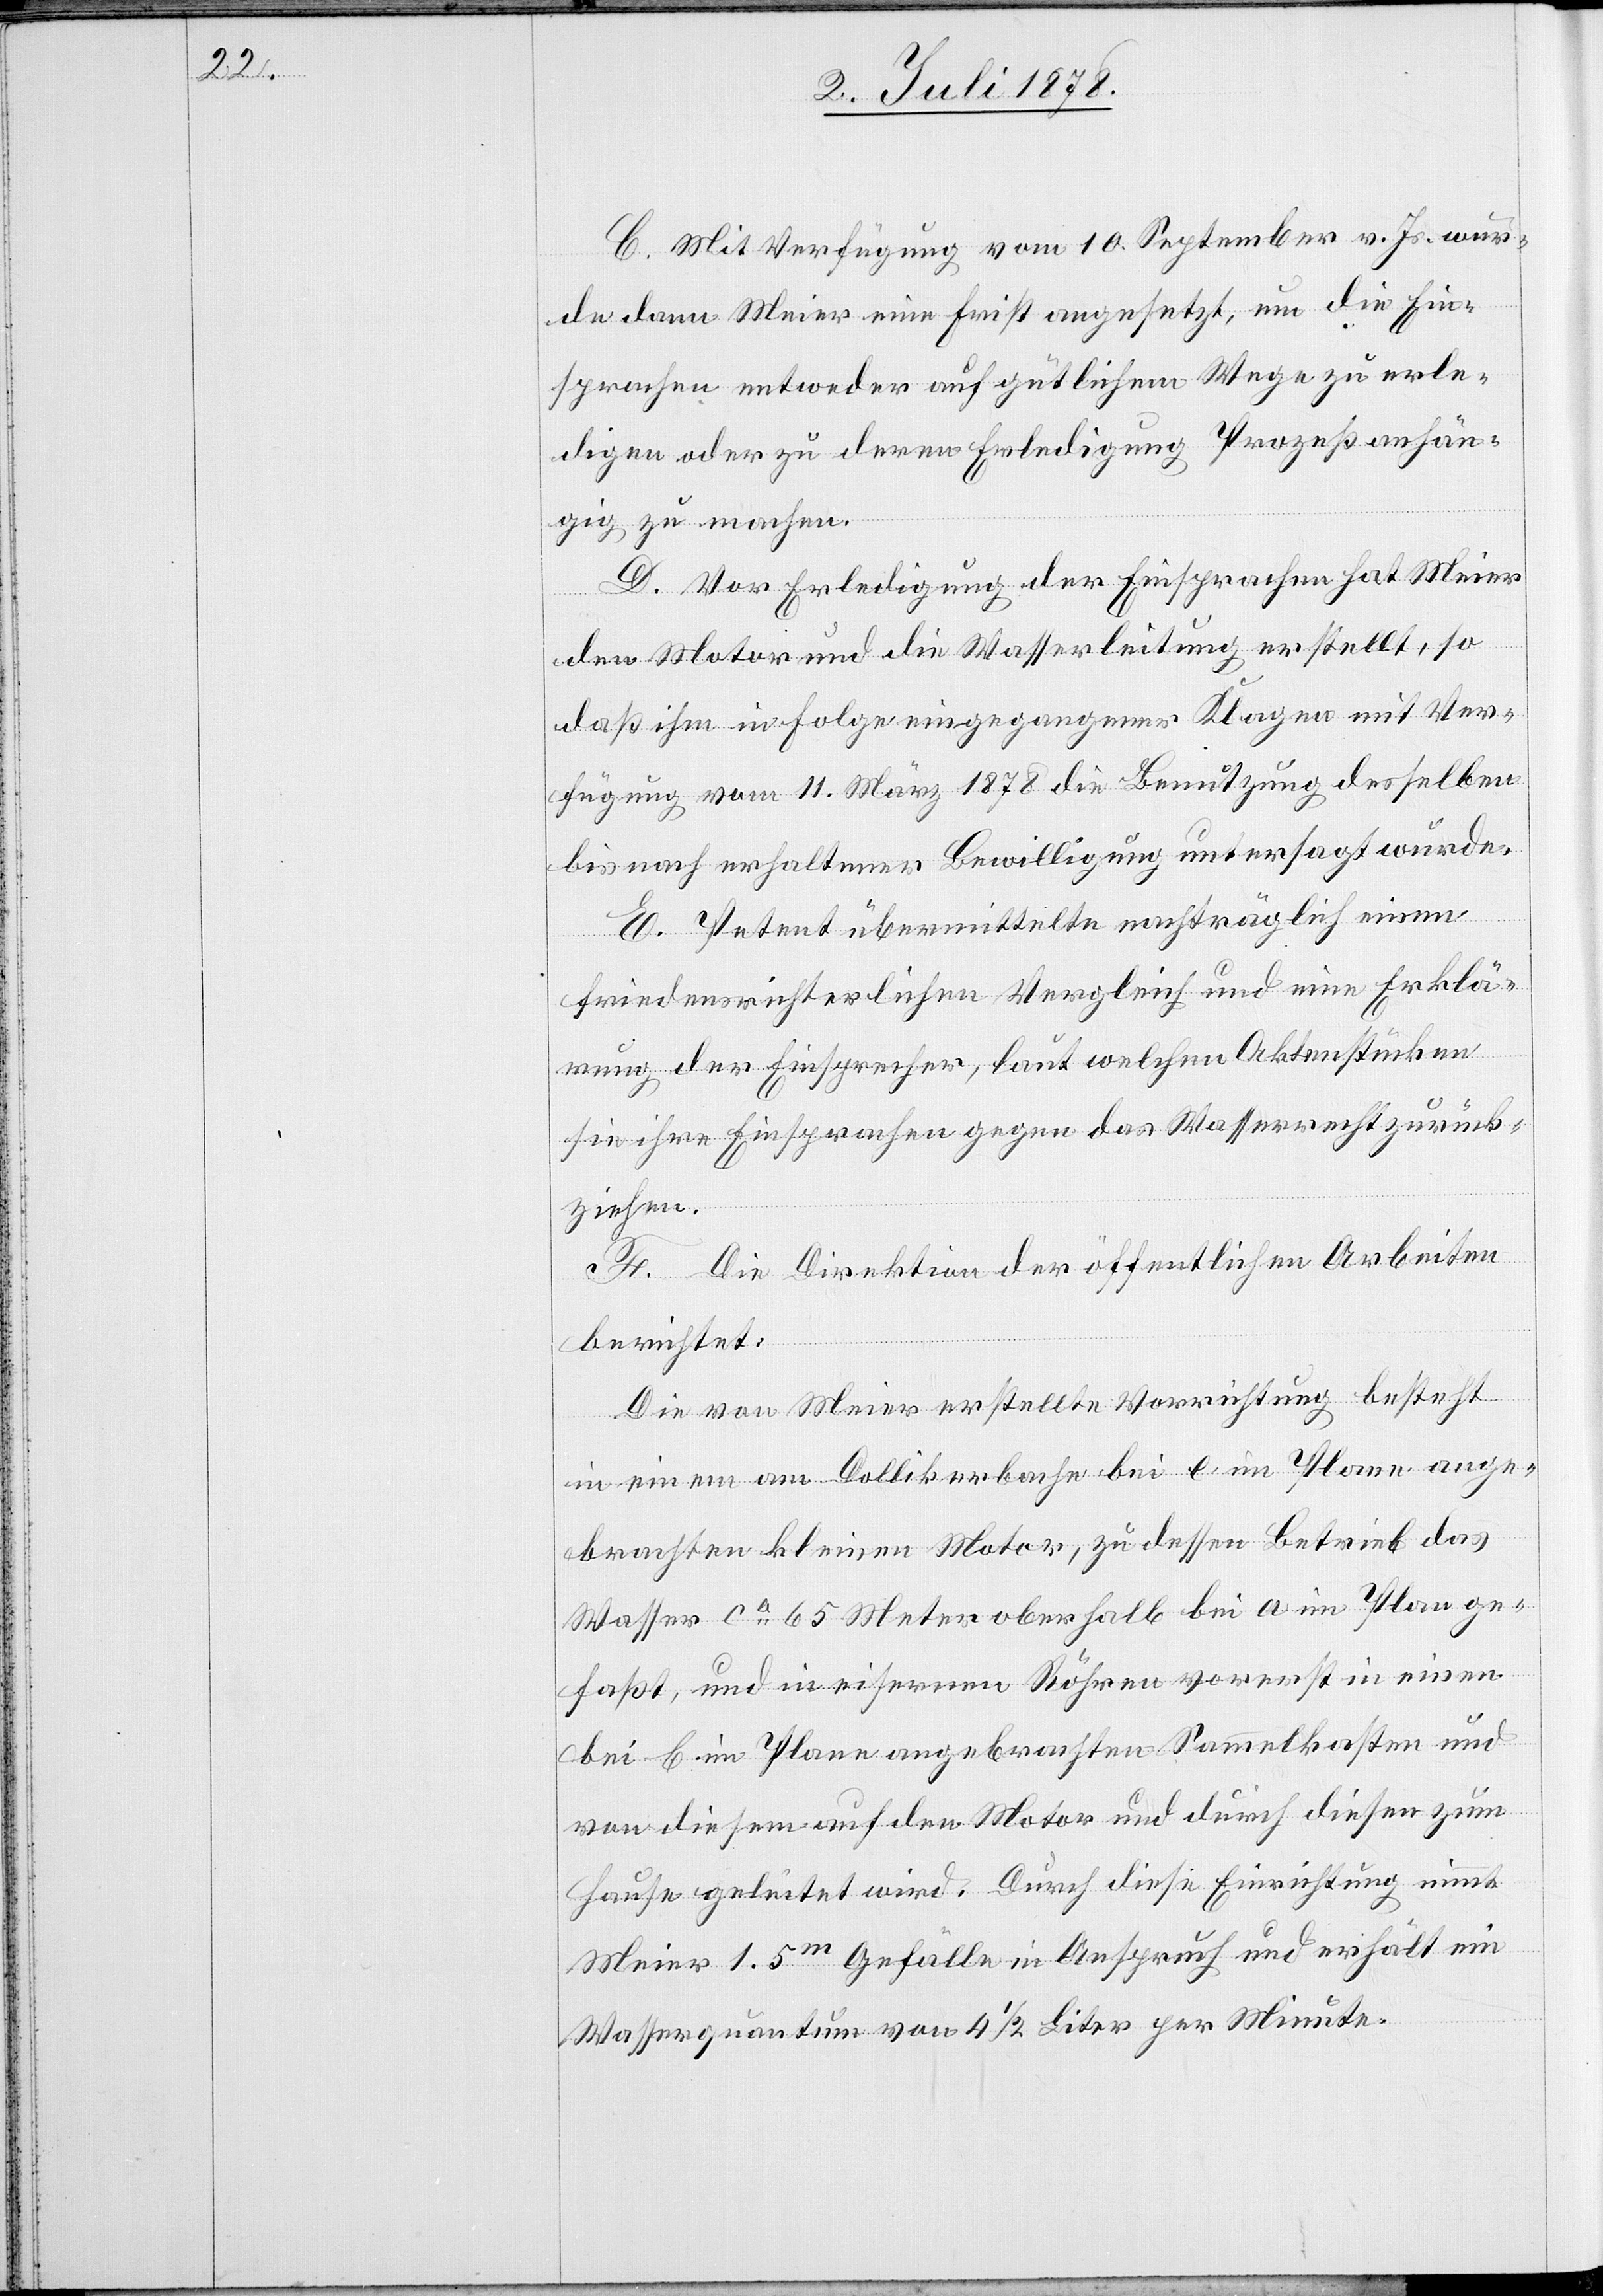
C. Mit Verfügung vom 10. September v. Js. wur¬
de dann Meier eine Frist angesetzt, um die Ein¬
sprachen entweder auf gütlichem Wege zu erle¬
digen oder zu deren Erledigung Prozeß anhän¬
gig zu machen.
D. Vor Erledigung der Einsprachen hat Meier
den Motor und die Wasserleitung erstellt, so
daß ihm in Folge eingegangener Klagen mit Ver¬
fügung vom 11. März 1878 die Benutzung desselben
bis nach erhaltener Bewilligung untersagt wurde.
E. Petent übermittelte nachträglich einen
friedensrichterlichen Vergleich und eine Erklä¬
rung der Einsprecher, laut welchen Aktenstücken
sie ihre Einsprachen gegen das Wasserrecht zurück¬
ziehen.
F. Die Direktion der öffentlichen Arbeiten
berichtet:
Die von Meier erstellte Vorrichtung bestehet
in einem am Dollikerbache bei e im Plane ange¬
brachten kleinen Motor, zu dessen Betrieb das
Wasser ca 65 Meter oberhalb bei a im Plan ge¬
faßt, und in eisernen Röhren vorerst in einen
bei b im Plane angebrachten Sammelkasten und
von diesem auf den Motor und durch diesen zum
Hause geleitet wird. Durch diese Einrichtung nimmt
Meier 1.5m Gefälle in Anspruch und erhält ein
Wasserquantum von 4 1/2 Liter per Minute.